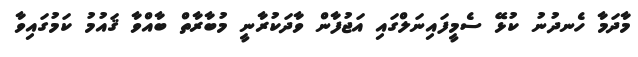
މާދަމާ ހެނދުނު ކުޅޭ ސެމީފައިނަލްގައި އަޖުފާން ވާދަކުރާނީ މުބާރާތް ބާއްވާ ޤައުމު ކަމުގައިވާ